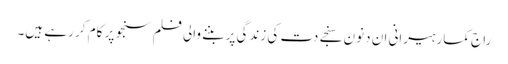
راج کمار ہیرانی ان دنون سنجے دت کی زندگی پر بننے والی فلم سنجو پر کام کر رہے ہیں۔